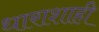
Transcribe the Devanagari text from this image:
धाराशाही